Civil Veterinary Department. United Provinces 1912-22 - 1912-1922
Year: 1912
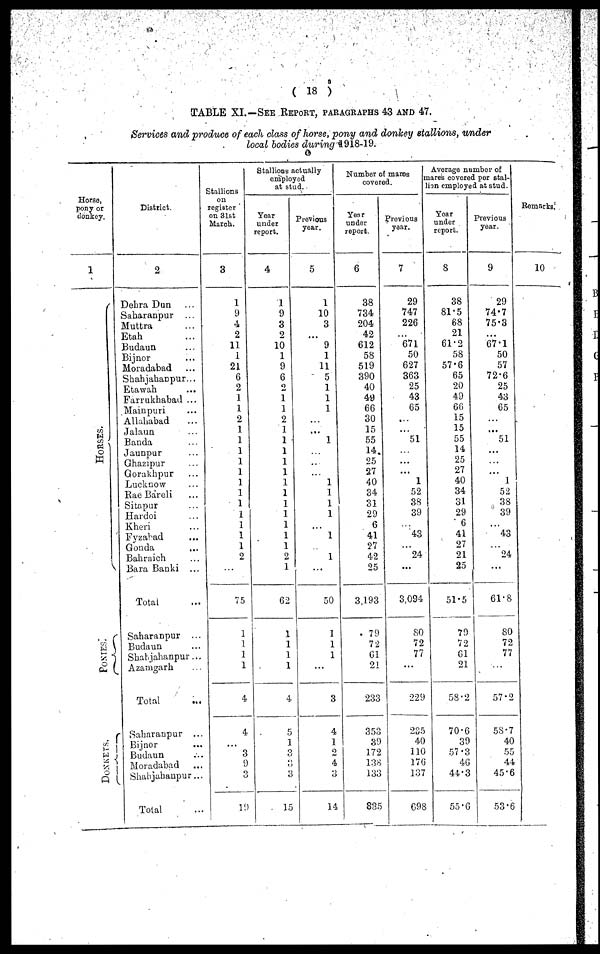
(18)
TABLE XI.—SEE REPORT, PARAGRAPHS 43 AND 47.
Services and produce of each class of horse, pony and donkey stallions, under
local bodies during 1918-19.
Horse,
pony or
donkey.
1
HORSES.
PONIES.
DONKETS.
District.
2
Dehra Dun ...
Saharanpur ...
Muttra ...
Etah ...
Budaun ...
Bijnor ...
Moradabad ...
Shahjahanpur...
Etawah
...
Farrukhabad ...
Mainpuri ...
Allahabad ...
Jalaun ...
Banda ...
Jaunpur ...
Ghazipur ...
Gorakhpur ...
Lucknow ...
Rae Bareli ...
Sitapur ...
Hardoi ...
Kheri ...
Fyzabad ...
Gonda ...
Bahraich ...
Bara Banki ...
Total ...
Saharanpur ...
Budaun ...
Shahjahanpur...
Azamgarh ...
Total ...
Saharanpur ...
Bijnor ...
Budaun ...
Moradabad ...
Shahjahaupur...
Total ...
Stallions
on
register
on 31st
March.
3
1
9
4
2
11
1
21
6
2
1
1
2
1
1
1
1
1
1
1
1
1
1
1
1
2
...
75
1
1
1
1
4
4
...
3
9
3
19
Stallions actually
employed
at stud.
Year
under
report.
4
1
9
3
2
10
1
9
6
2
1
1
2
1
1
1
1
1
1
1
1
1
1
1
1
2
1
62
1
1
1
1
4
5
1
3
3
3
15
Previous
year.
5
1
10
3
...
9
1
11
5
1
1
1
...
...
1
...
...
...
1
1
1
1
...
1
1
...
50
1
1
1
...
3
4
1
2
4
3
14
Number of mares
covered.
Year
under
report.
6
38
734
204
42
612
58
519
390
40
49
66
30
15
55
14
25
27
40
34
31
29
6
41
27
42
25
3,193
79
72
61
21
233
353
39
172
138
133
835
Previous
year.
7
29
747
226
...
671
50
627
363
25
43
65
...
...
51
...
...
1
52
38
39
...
43
...
24
...
3,094
80
72
77
...
229
235
40
110
176
137
698
Average number of
mares covered per stal-
ion employed at stud.
Year
under
report.
8
38
81.5
68
21
61.2
58
57.6
65
20
49
66
15
15
55
14
25
27
40
34
31
29
6
41
27
21
25
51.5
79
72
61
21
58.2
70.6
39
57.3
46
44.3
55.6
Previous
year.
9
29
74.7
75.3
...
67.1
50
57
72.6
25
43
65
...
...
51
...
...
...
1
52
38
39
...
43
...
24
...
61.8
80
72
77
...
57.2
58.7
40
55
44
45.6
53.6
Remarks.
10